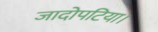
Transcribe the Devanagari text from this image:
जादोपटिया।